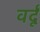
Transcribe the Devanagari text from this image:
वर्दूं